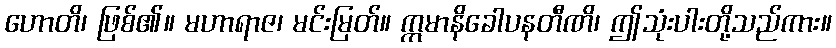
ဟောတိ၊ ဖြစ်၏။ မဟာရာဇ၊ မင်းမြတ်။ ဣမာနိခေါပနတီဏိ၊ ဤသုံးပါးတို့သည်ကား။